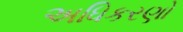
અધિકરણો